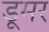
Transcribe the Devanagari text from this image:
डूमर